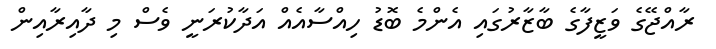
ރާއްޖޭގެ ވަޒީފާގެ ބާޒާރުގައި އެންމެ ބޮޑު ހިއްސާއެއް އަދާކުރަނީ ވެސް މި ދާއިރާއިން